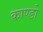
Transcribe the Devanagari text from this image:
काण्डो